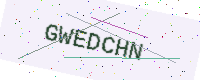
Text: GWEDCHN